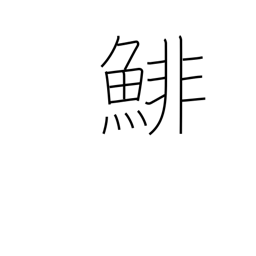
Meaning: herring